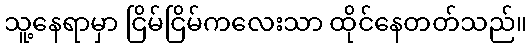
သူ့နေရာမှာ ငြိမ်ငြိမ်ကလေးသာ ထိုင်နေတတ်သည်။